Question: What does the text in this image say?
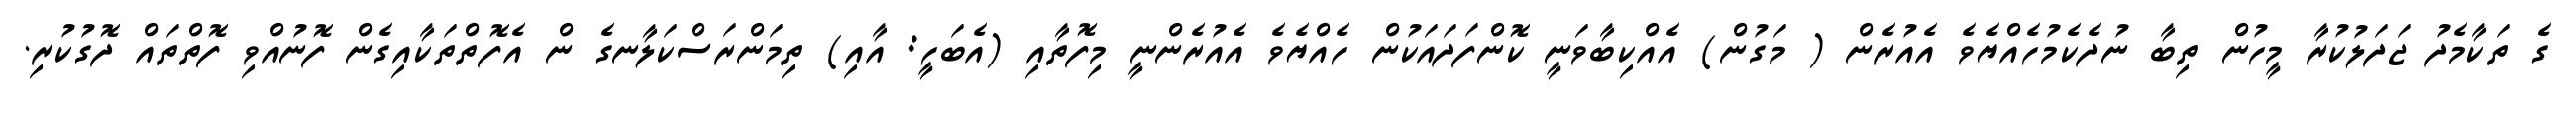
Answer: ގެ ތަކާމެދު ޖަދަލުކުރާ މީހުން ތިބާ ނުދެކެމުހެއްޔެވެ އެއުރެން ( މަގުން) އެއްކިބާވަނީ ކޮންފަދައަކުން ހެއްޔެވެ އެއުރެންނީ މިފޮތާއި (އެބަހީ: އާއި) ތިމަންރަސްކަލާނގެ ން އެފޮތްތަކާއިގެން ފޮނުއްވި ފޮތްތައް ދޮގުކުރި.